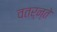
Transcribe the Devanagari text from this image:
वतर्न्ते